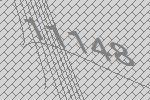
11148